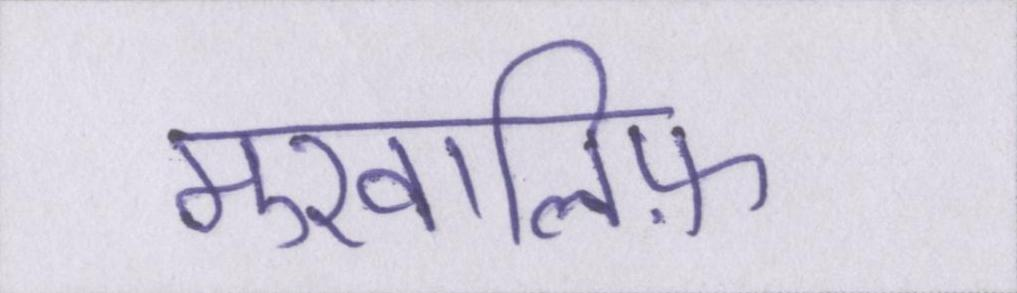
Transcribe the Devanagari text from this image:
मुखालिफ़